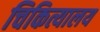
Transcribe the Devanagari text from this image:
चिकित्यालय